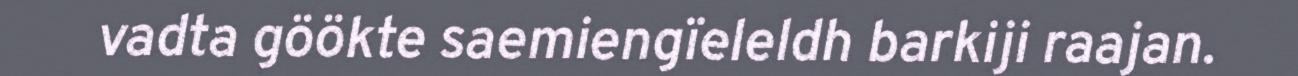
vadta göökte saemiengïeleldh barkiji raajan.